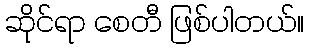
ဆိုင်ရာ စေတီ ဖြစ်ပါတယ်။